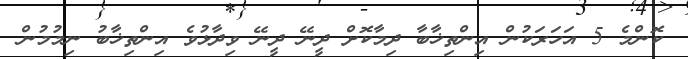
ކޮންމެ 5 އަހަރަކުން އިންތިޚާބާ ދިމާކޮށް ދީނޭ ދީނޭ ވިދާޅުވެ އިންތިޚާބު ނިމުމުން